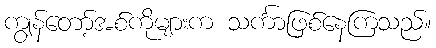
ကျွန်တော့်အစ်ကိုများက သင်္ကာဖြစ်နေကြသည်။